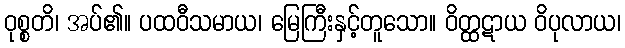
ဝုစ္စတိ၊ အပ်၏။ ပထဝီသမာယ၊ မြေကြီးနှင့်တူသော။ ဝိတ္ထဋာယ ဝိပုလာယ၊